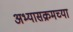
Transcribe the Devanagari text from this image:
अभ्यासक्रमच्या